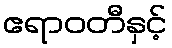
ဧရာဝတီနှင့်